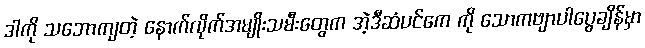
ဒါကို သဘောကျတဲ့ နောက်လိုက်အမျိုးသမီးတွေက အဲ့ဒီဆံပင်ကေ ကို သောကဗျာပါပွေချိန်မှာ